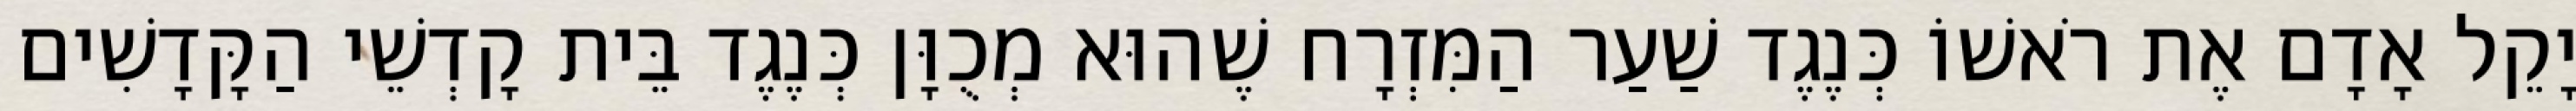
יָקֵל אָדָם אֶת רֹאשׁוֹ כְּנֶגֶד שַׁעַר הַמִּזְרָח שֶׁהוּא מְכֻוָּן כְּנֶגֶד בֵּית קָדְשֵׁי הַקָּדָשִׁים